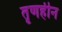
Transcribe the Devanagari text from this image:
तृणहीन